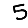
Digit: 5